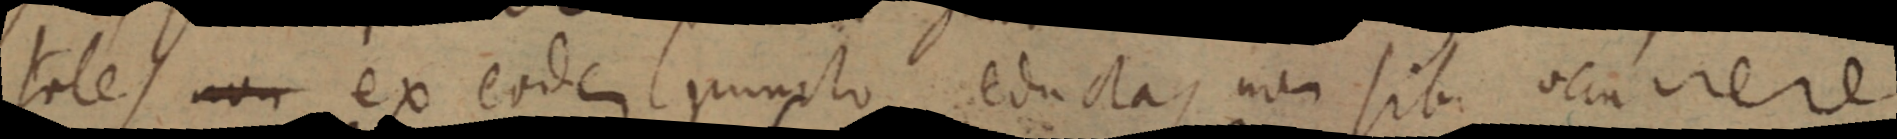
tales non ex eodem puncto eductas non sibi occurrere